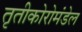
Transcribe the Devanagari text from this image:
तृतीकोरोमंडेल